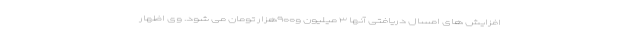
افزایش های امسال دریافتی آنها ۳ میلیون و۹۰۰هزار تومان می شود. وی اظهار